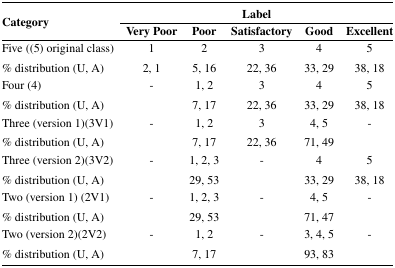
<table><thead><tr><td rowspan="3"><b>Category</b></td><td colspan="5"><b>Label</b></td></tr><tr><td><b>Very Poor</b></td><td><b>Poor</b></td><td><b>Satisfactory</b></td><td><b>Good</b></td><td><b>Excellent</b></td></tr></thead><tbody><tr><td>Five ((5) original class)</td><td>1</td><td>2</td><td>3</td><td>4</td><td>5</td></tr><tr><td>% distribution (U, A)</td><td>2, 1</td><td>5, 16</td><td>22, 36</td><td>33, 29</td><td>38, 18</td></tr><tr><td>Four (4)</td><td>-</td><td>1, 2</td><td>3</td><td>4</td><td>5</td></tr><tr><td>% distribution (U, A)</td><td></td><td>7, 17</td><td>22, 36</td><td>33, 29</td><td>38, 18</td></tr><tr><td>Three (version 1)(3V1)</td><td>-</td><td>1, 2</td><td>3</td><td>4, 5</td><td>-</td></tr><tr><td>% distribution (U, A)</td><td></td><td>7, 17</td><td>22, 36</td><td>71, 49</td><td></td></tr><tr><td>Three (version 2)(3V2)</td><td>-</td><td>1, 2, 3</td><td>-</td><td>4</td><td>5</td></tr><tr><td>% distribution (U, A)</td><td></td><td>29, 53</td><td></td><td>33, 29</td><td>38, 18</td></tr><tr><td>Two (version 1) (2V1)</td><td>-</td><td>1, 2, 3</td><td>-</td><td>4, 5</td><td>-</td></tr><tr><td>% distribution (U, A)</td><td></td><td>29, 53</td><td></td><td>71, 47</td><td></td></tr><tr><td>Two (version 2)(2V2)</td><td>-</td><td>1, 2</td><td>-</td><td>3, 4, 5</td><td>-</td></tr><tr><td>% distribution (U, A)</td><td></td><td>7, 17</td><td></td><td>93, 83</td><td></td></tr></tbody></table>